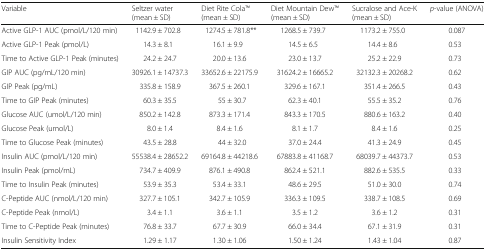
<table><thead><tr><td><b>Variable</b></td><td><b>Seltzer water (mean ± SD)</b></td><td><b>Diet Rite ColaTM (mean ± SD)</b></td><td><b>Diet Mountain DewTM (mean ± SD)</b></td><td><b>Sucralose and Ace-K (mean ± SD)</b></td><td><b><i>p</i>-value (ANOVA)</b></td></tr></thead><tbody><tr><td>Active GLP-1 AUC (pmol/L/120 min)</td><td>1142.9 ± 702.8</td><td>1274.5 ± 781.8**</td><td>1268.5 ± 739.7</td><td>1173.2 ± 755.0</td><td>0.087</td></tr><tr><td>Active GLP-1 Peak (pmol/L)</td><td>14.3 ± 8.1</td><td>16.1 ± 9.9</td><td>14.5 ± 6.5</td><td>14.4 ± 8.6</td><td>0.53</td></tr><tr><td>Time to Active GLP-1 Peak (minutes)</td><td>24.2 ± 24.7</td><td>20.0 ± 13.6</td><td>23.0 ± 13.7</td><td>25.2 ± 22.9</td><td>0.73</td></tr><tr><td>GIP AUC (pg/mL/120 min)</td><td>30926.1 ± 14737.3</td><td>33652.6 ± 22175.9</td><td>31624.2 ± 16665.2</td><td>32132.3 ± 20268.2</td><td>0.62</td></tr><tr><td>GIP Peak (pg/mL)</td><td>335.8 ± 158.9</td><td>367.5 ± 260.1</td><td>329.6 ± 167.1</td><td>351.4 ± 266.5</td><td>0.43</td></tr><tr><td>Time to GIP Peak (minutes)</td><td>60.3 ± 35.5</td><td>55 ± 30.7</td><td>62.3 ± 40.1</td><td>55.5 ± 35.2</td><td>0.76</td></tr><tr><td>Glucose AUC (umol/L/120 min)</td><td>850.2 ± 142.8</td><td>873.3 ± 171.4</td><td>843.3 ± 170.5</td><td>880.6 ± 163.2</td><td>0.40</td></tr><tr><td>Glucose Peak (umol/L)</td><td>8.0 ± 1.4</td><td>8.4 ± 1.6</td><td>8.1 ± 1.7</td><td>8.4 ± 1.6</td><td>0.25</td></tr><tr><td>Time to Glucose Peak (minutes)</td><td>43.5 ± 28.8</td><td>44 ± 32.0</td><td>37.0 ± 24.4</td><td>41.3 ± 24.9</td><td>0.45</td></tr><tr><td>Insulin AUC (pmol/L/120 min)</td><td>55538.4 ± 28652.2</td><td>69164.8 ± 44218.6</td><td>67883.8 ± 41168.7</td><td>68039.7 ± 44373.7</td><td>0.53</td></tr><tr><td>Insulin Peak (pmol/mL)</td><td>734.7 ± 409.9</td><td>876.1 ± 490.8</td><td>862.4 ± 521.1</td><td>882.6 ± 535.5</td><td>0.33</td></tr><tr><td>Time to Insulin Peak (minutes)</td><td>53.9 ± 35.3</td><td>53.4 ± 33.1</td><td>48.6 ± 29.5</td><td>51.0 ± 30.0</td><td>0.74</td></tr><tr><td>C-Peptide AUC (nmol/L/120 min)</td><td>327.7 ± 105.1</td><td>342.7 ± 105.9</td><td>336.3 ± 109.5</td><td>338.7 ± 108.5</td><td>0.69</td></tr><tr><td>C-Peptide Peak (nmol/L)</td><td>3.4 ± 1.1</td><td>3.6 ± 1.1</td><td>3.5 ± 1.2</td><td>3.6 ± 1.2</td><td>0.31</td></tr><tr><td>Time to C-Peptide Peak (minutes)</td><td>76.8 ± 33.7</td><td>67.7 ± 30.9</td><td>66.0 ± 34.4</td><td>67.1 ± 31.9</td><td>0.31</td></tr><tr><td>Insulin Sensitivity Index</td><td>1.29 ± 1.17</td><td>1.30 ± 1.06</td><td>1.50 ± 1.24</td><td>1.43 ± 1.04</td><td>0.87</td></tr></tbody></table>